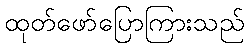
ထုတ်ဖော်ပြောကြားသည်